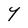
Character: Y